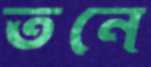
তনে